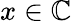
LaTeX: x\in\mathbb{C}